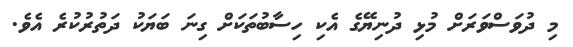
މި ދުވަސްވަރަށް މުޅި ދުނިޔޭގެ އެކި ހިސާބުތަކަށް ގިނަ ބަޔަކު ދަތުރުކުރެ އެވެ.